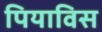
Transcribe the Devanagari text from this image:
पियाविस